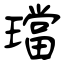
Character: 璫